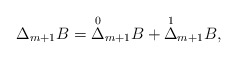
\begin{align*} \Delta_{m+1}B=\overset{0}{\Delta}_{m+1}B+\overset{1}{\Delta}_{m+1}B,\end{align*}